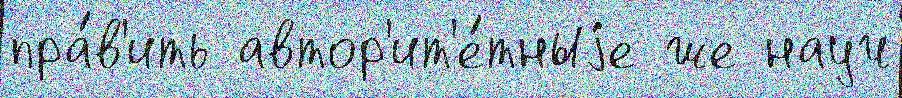
пра́в'ить автор'ит'е́тныjе же науч